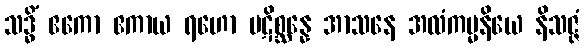
သဒ္ဓိံ ဧကော ဧကာယ ရဟော ပဋိစ္ဆန္နေ အာသနေ အလံကမ္မနိယေ နိသဇ္ဇံ